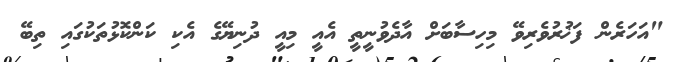
"އަހަރެން ފަޚުރުވެރިވޭ މިހިސާބަށް އާދެވުނީތީ އެއީ މިއީ ދުނިޔޭގެ އެކި ކަންކޮޅުތަކުގައި ތިބޭ